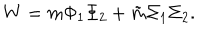
W = m \Phi _ { 1 } \Phi _ { 2 } + \tilde { m } \Sigma _ { 1 } \Sigma _ { 2 } .